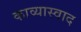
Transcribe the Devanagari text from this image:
काव्यास्वाद